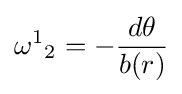
{\omega ^{1}}_{2}=-{\frac {d\theta }{b(r)}}